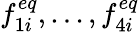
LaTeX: f_{1i}^{eq},...,f_{4i}^{eq}